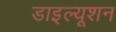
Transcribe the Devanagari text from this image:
डाइल्यूशन